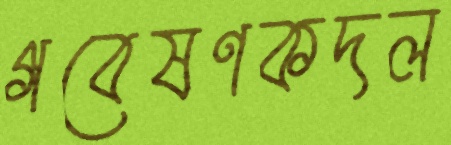
গবেষণকদল